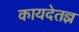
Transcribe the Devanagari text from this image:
कायदेतज्ञ